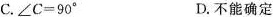
C.$$∠ C = 9 0 °$$ D.不能确定